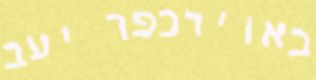
באוירכפר יעב